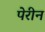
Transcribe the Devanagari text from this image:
पेरीन